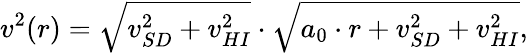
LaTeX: v^{2}(r)=\sqrt{v_{SD}^{2}+v_{HI}^{2}}\cdot\sqrt{a_{0}\cdot r+v_{SD}^{2}+v_{HI}^{2}},